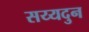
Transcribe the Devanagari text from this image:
सय्यदुन